Bréfritari: Þórunn Pálsdóttir
Viðtakandi: Páll Pálsson
Dagsetning: A-1842-01-18
Skrifað á: Ási  N-Múl. ?
Páll var bróðir Þórunnar

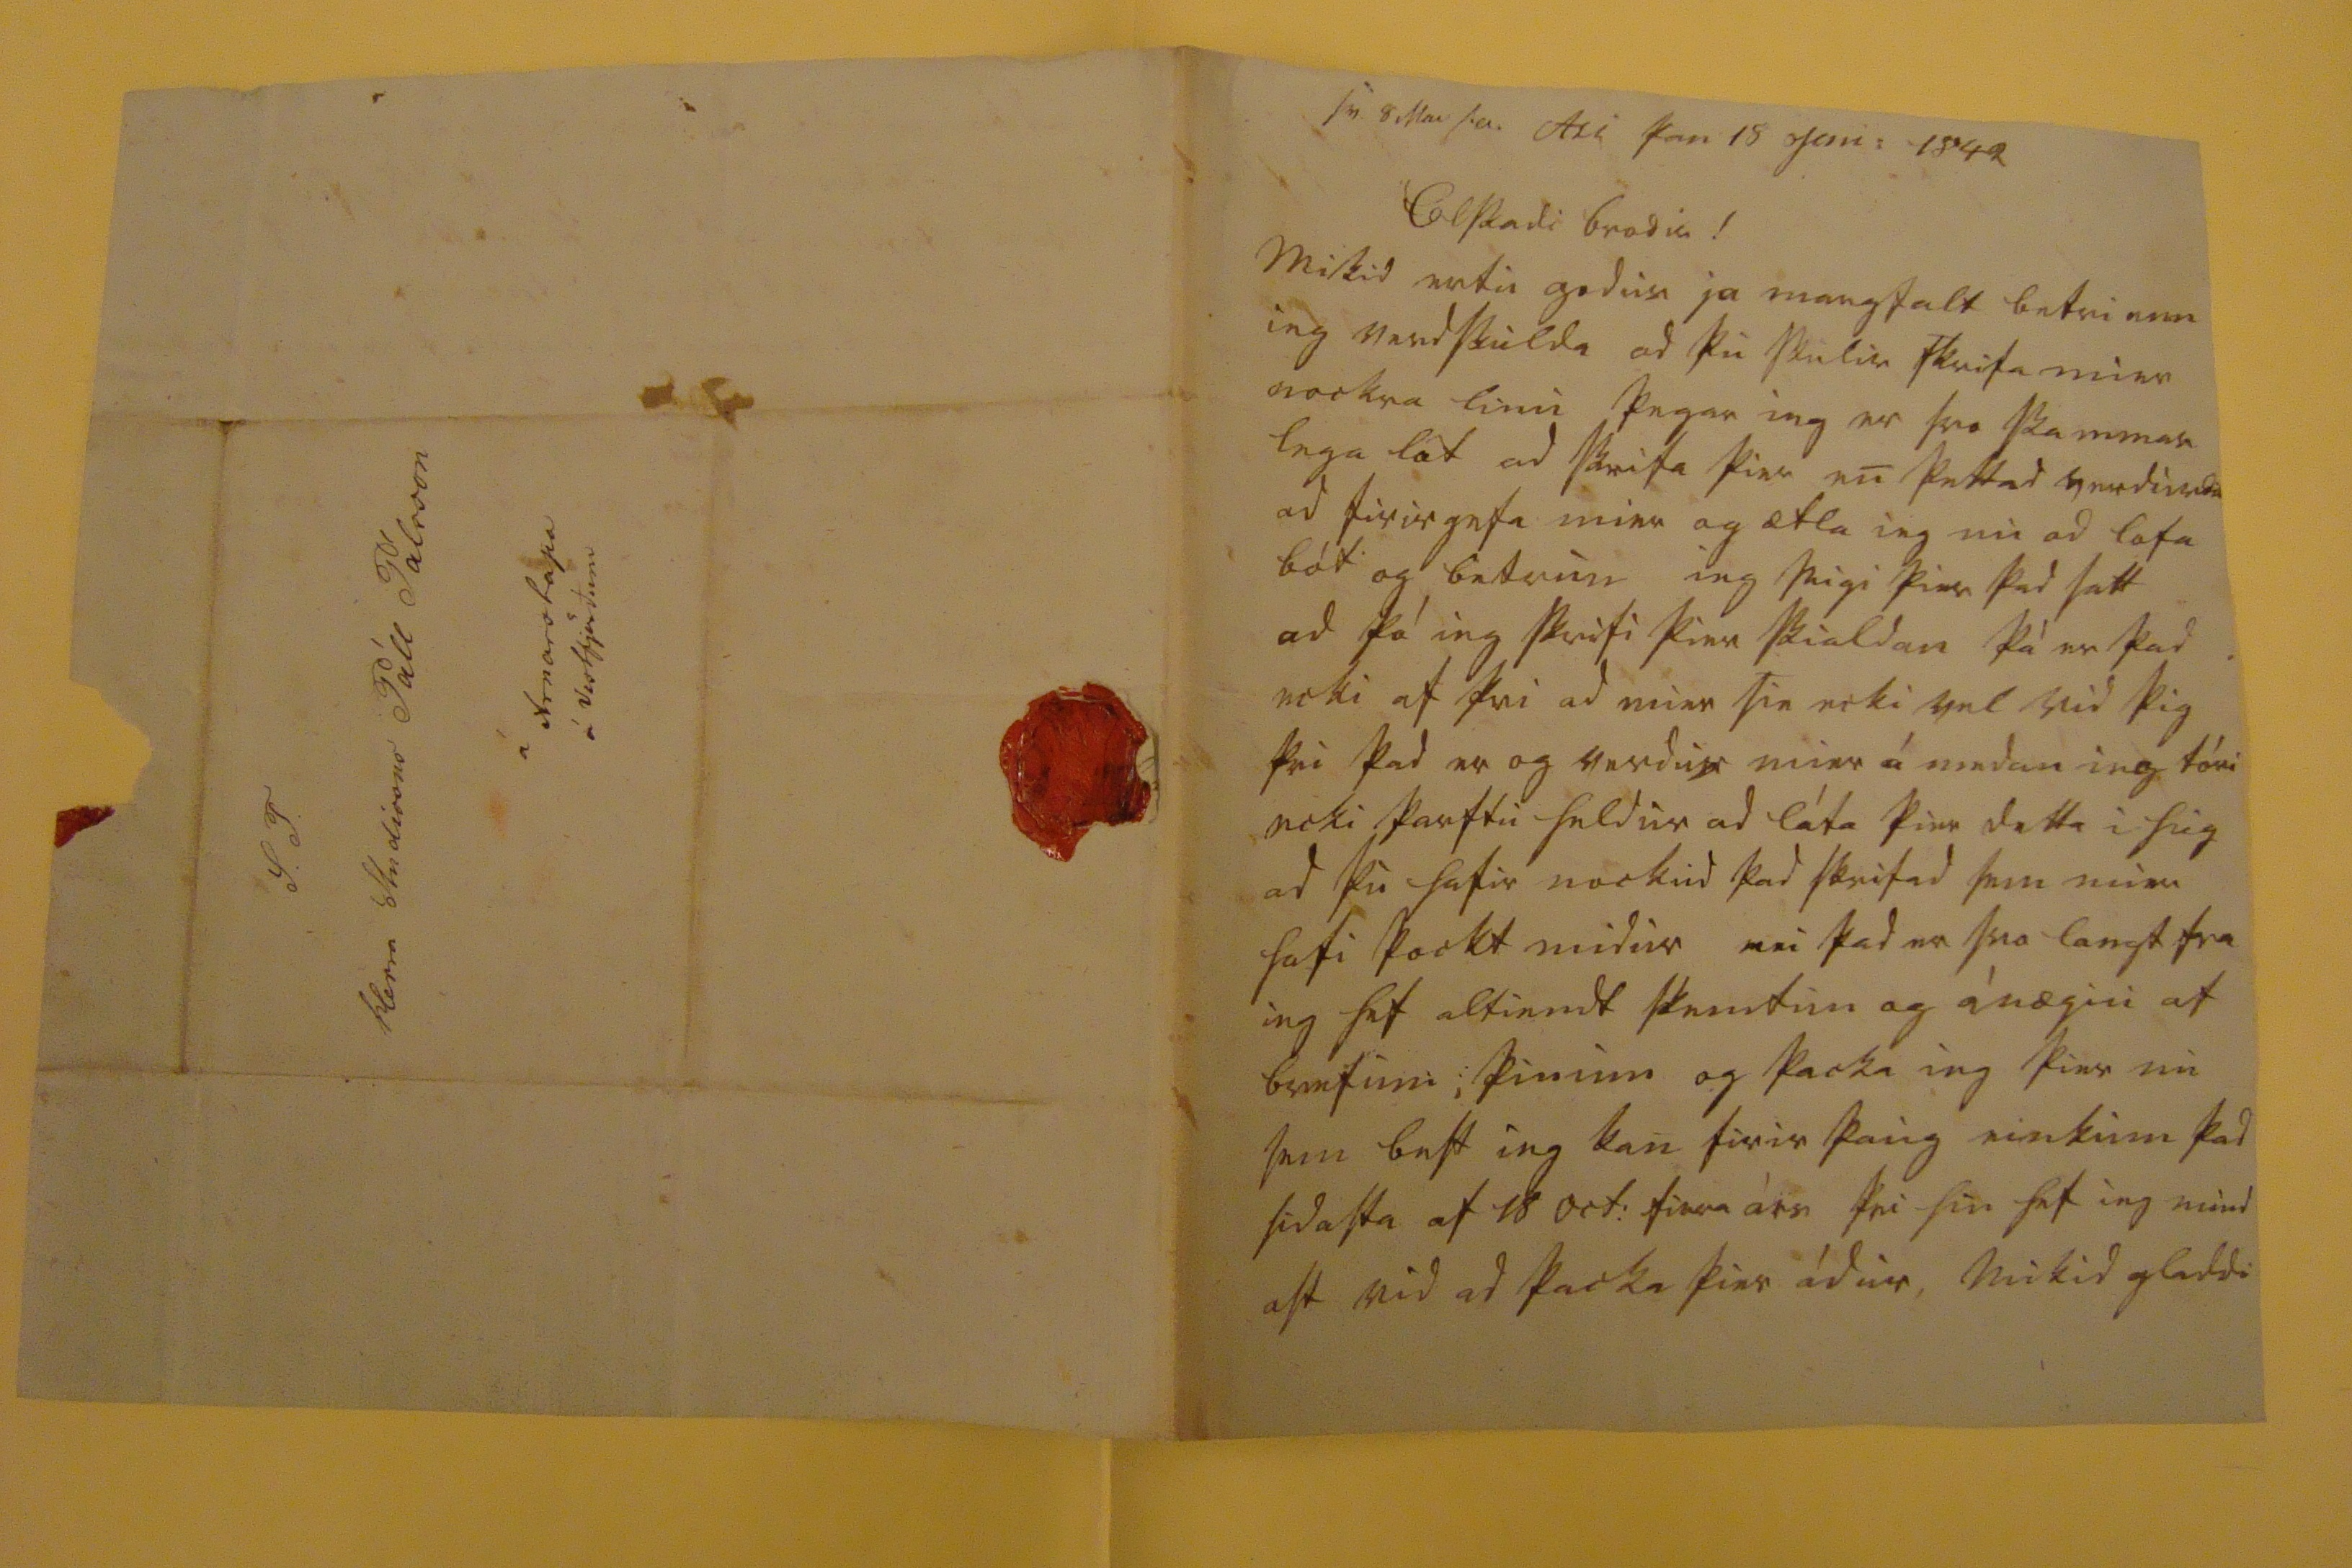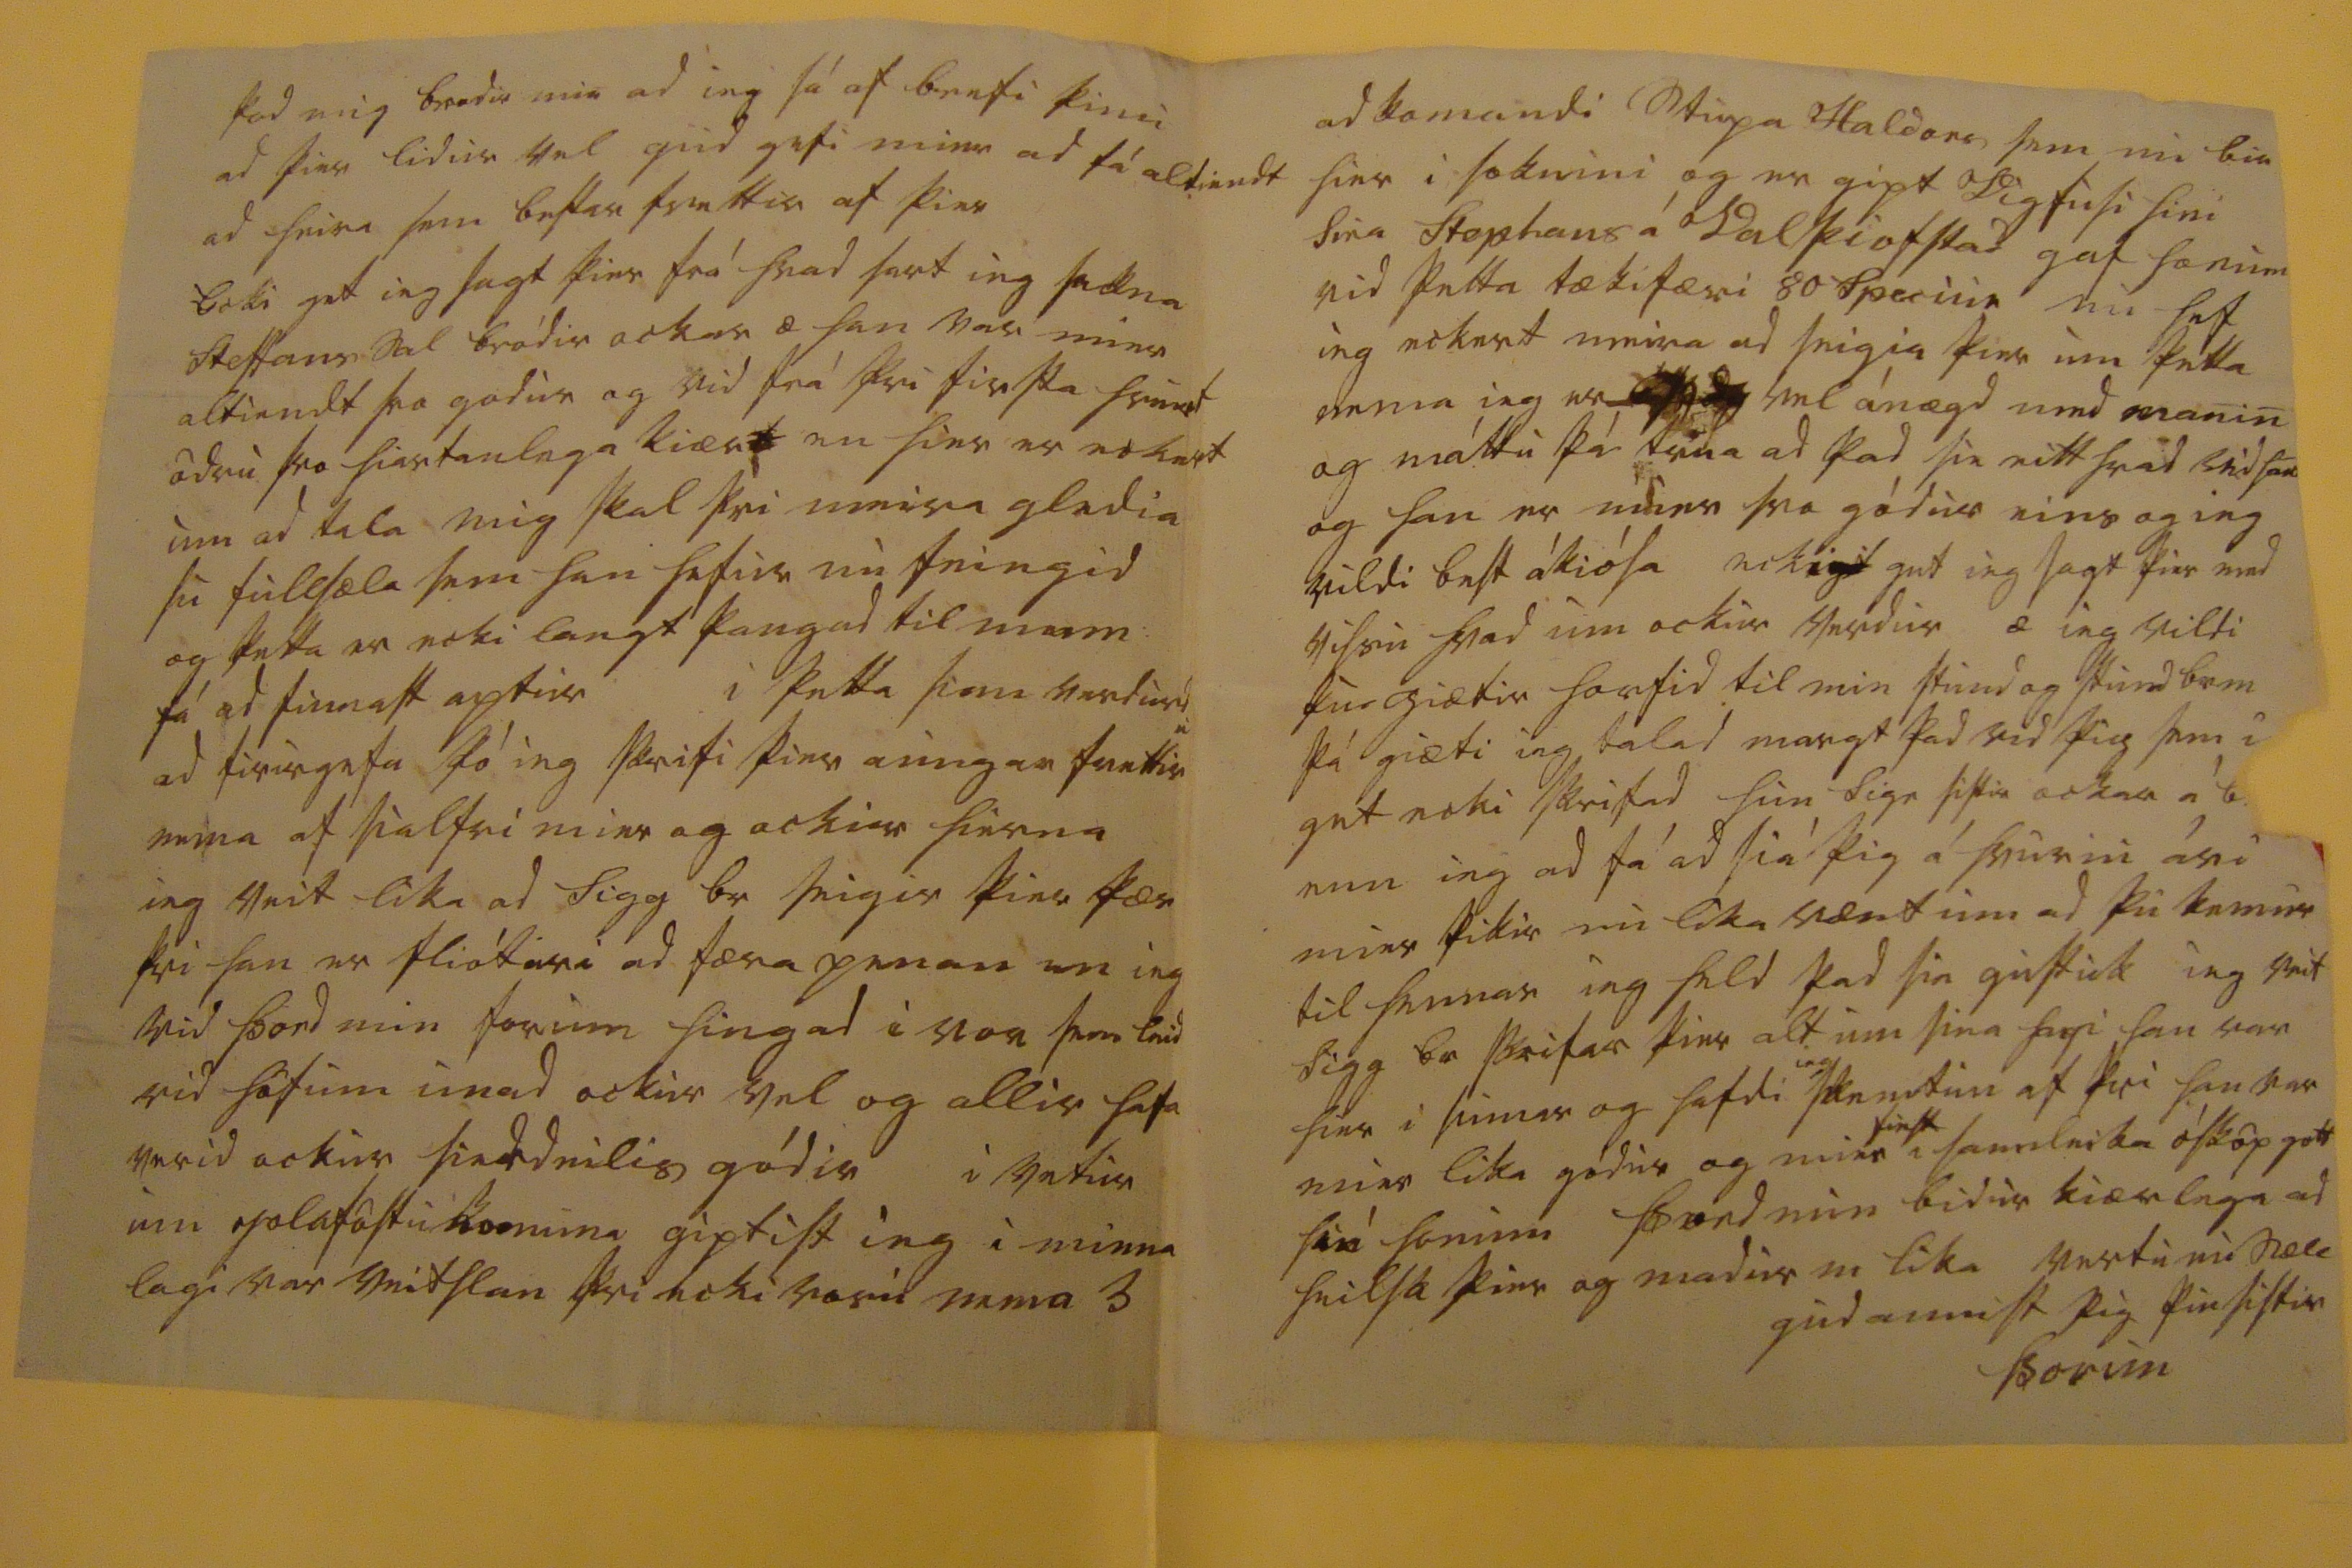

s0. 8 Mar 00
Asi þan 18 jan: 1842
Elskadi brodir!
Mikid ertu godur ja margfalt betri enn ieg verdskulda ad þu skulir skrifa mier nockra linu þegar ieg er svo skammar lega löt ad skrifa þier en þettad verdurdu ad firirgefa mier og ætla ieg nu ad lofa bót og betrun ieg seigi þier þad satt ad þá ieg skrifi þier sialdan þá er þad ecki af þvi ad mier sie ecki vel vid þig þvi þad er og verdur mier á undan ieg tóri ecki þarftu heldur ad láta þier detta i hug ad þu hafir nockud þad skrifad sem mier hafi þockt midur en þad er svo langt fra ieg hef altiendt skemtun og ánægiu af brefum, þinum og þacka ieg þier nu sem best ieg kan firir þaug einkum þad sidasta af 18 Oct: firra árs
þvi hin hef ieg mind ast
vid ad þacka þier ádur, mikid gladdi
þad min ad ieg sá af brefi þinu ad þier lidur vel gud gefi mier ad fá altiendt ad heira sem bestar frettir af þier Ecki get ieg sagt þier frá hvad sart ieg sackna Steffans sal bródir ockar æ han var mier altiendt svo godur og vid frá þvi firsta hvurt ödru svo hiartanlega kiær
t
en hier er eckert um ad tala mig skal þvi meira gledia su fullsæla sem han hefur nu feingid og þetta er ecki langt þangad til
menn:
fá ad finnast aptur i þetta sinn verdurdu ad firirgefa þó ieg skrifi þier aungar frettir nema af sialfri mier og ockur hierna ieg veit lika ad Sigg br seigir þier þær þvi han er fliótari ad færa penan en ieg vid Þord min forum hingad i vor sem leid vid höfum unad ockur vel og allir hafa verid ockur
sialdeilis
gódir i vetur um jolaföstu
komuna
giptist ieg i minna lagi var veitslan þvi ecki voru nema 3
adkomandi stupa Haldors sem nu bir hier i soknini og er gipt Vigfusi sini sira Stephans á Valþiofstad gaf honum vid þetta tækifæri 80 speriur nu hef ieg eckert meira ad seigia þier um þetta nema ieg er
00000
vel ánægd med manin og máttu þá trua ad þad sie eitthvad vid han og han er mier svo gódur eins og ieg vildi best á kiósa
ecki
00
get ieg sagt þier med vissu hvad um ockur verdur æ ieg vildi þu giætir horfid til min stund og stund
br m
þá giæti ieg talad margt þad vid þig sem i get ecki skrifad hun Sigr sistir ockar á b enn ieg ad fá ad siá þig á hvuriu ári mier þikir nu lika vænt um ad þu kemur til hennar ieg held þad sie
gestuk
ieg veit Sigg br skrifar þier alt um sina hagi han var hier i sumar og hafdi
ieg
skemtun af þvi han var mier lika gódur og mier
finst
i sannleika ósköp gott
siá
honum Þord min bidur kiærlega ad heilsa þier og madur er lika vertu nu sæll
gud annist þig þin systir
Þorun
S: T: Herra Studioses
Páll Pálsson á Arnarstapa á Vestfjördum